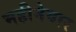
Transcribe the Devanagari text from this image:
महीनेवार